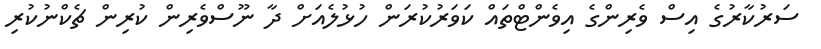
ސަރުކާރުގެ އިސް ވެރިންގެ އިވެންޓްތައް ކަވަރުކުރަން ހުޅުލެއަށް ދާ ނޫސްވެރިން ކުރިން ޗެކްނުކުރި